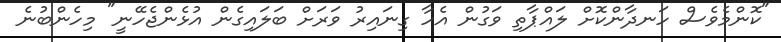
"ކޮންމެވެސް ހަނދާންކޮށް ލައްޕާތި ވަގުން އެހާ ގިނައިރު ވަރަށް ބަލައިގެން އުޅެންޖެހޭނީ" މިހެންބުނެ